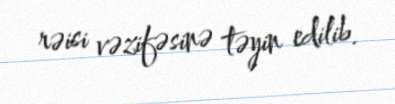
rəisi vəzifəsinə təyin edilib.